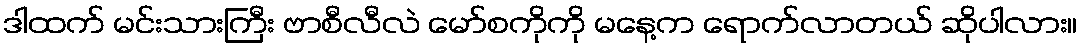
ဒါထက် မင်းသားကြီး ဗာစီလီလဲ မော်စကိုကို မနေ့က ရောက်လာတယ် ဆိုပါလား။